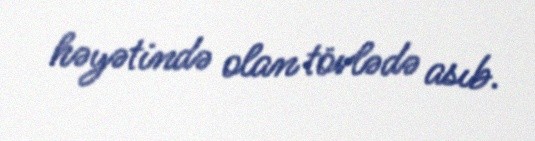
həyətində olan tövlədə asıb.